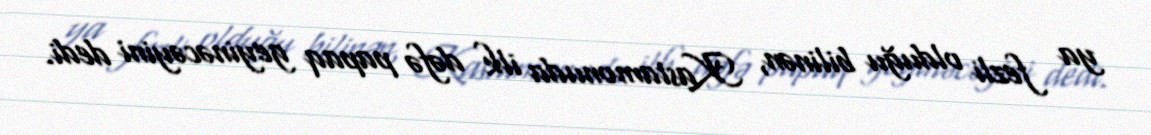
ya fezli olduğu bilinən, Kastamonuda ilk dəfə papaq geyinəcəyini dedi.